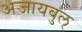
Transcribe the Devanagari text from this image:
अजायबुल्